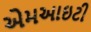
એમઆઇટી